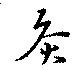
灸